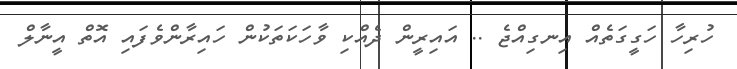
ހުރިހާ ހަގީގަތެއް އިނގިއްޖެ .. އައިރީން ދެއްކި ވާހަކަތަކުން ހައިރާންވެފައި އޮތް އީނާލް